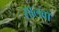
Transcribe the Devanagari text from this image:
सालवाॅ